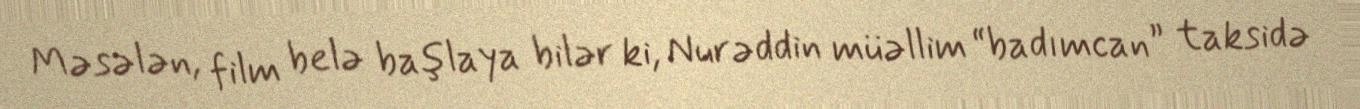
Məsələn, film belə başlaya bilər ki, Nurəddin müəllim “badımcan” taksidə